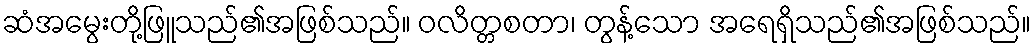
ဆံအမွေးတို့ဖြူသည်၏အဖြစ်သည်။ ဝလိတ္တစတာ၊ တွန့်သော အရေရှိသည်၏အဖြစ်သည်။